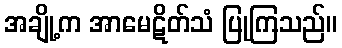
အချို့က အာမေဋိတ်သံ ပြုကြသည်။